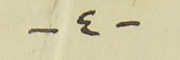
-٤-